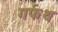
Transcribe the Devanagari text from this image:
गर्फथ